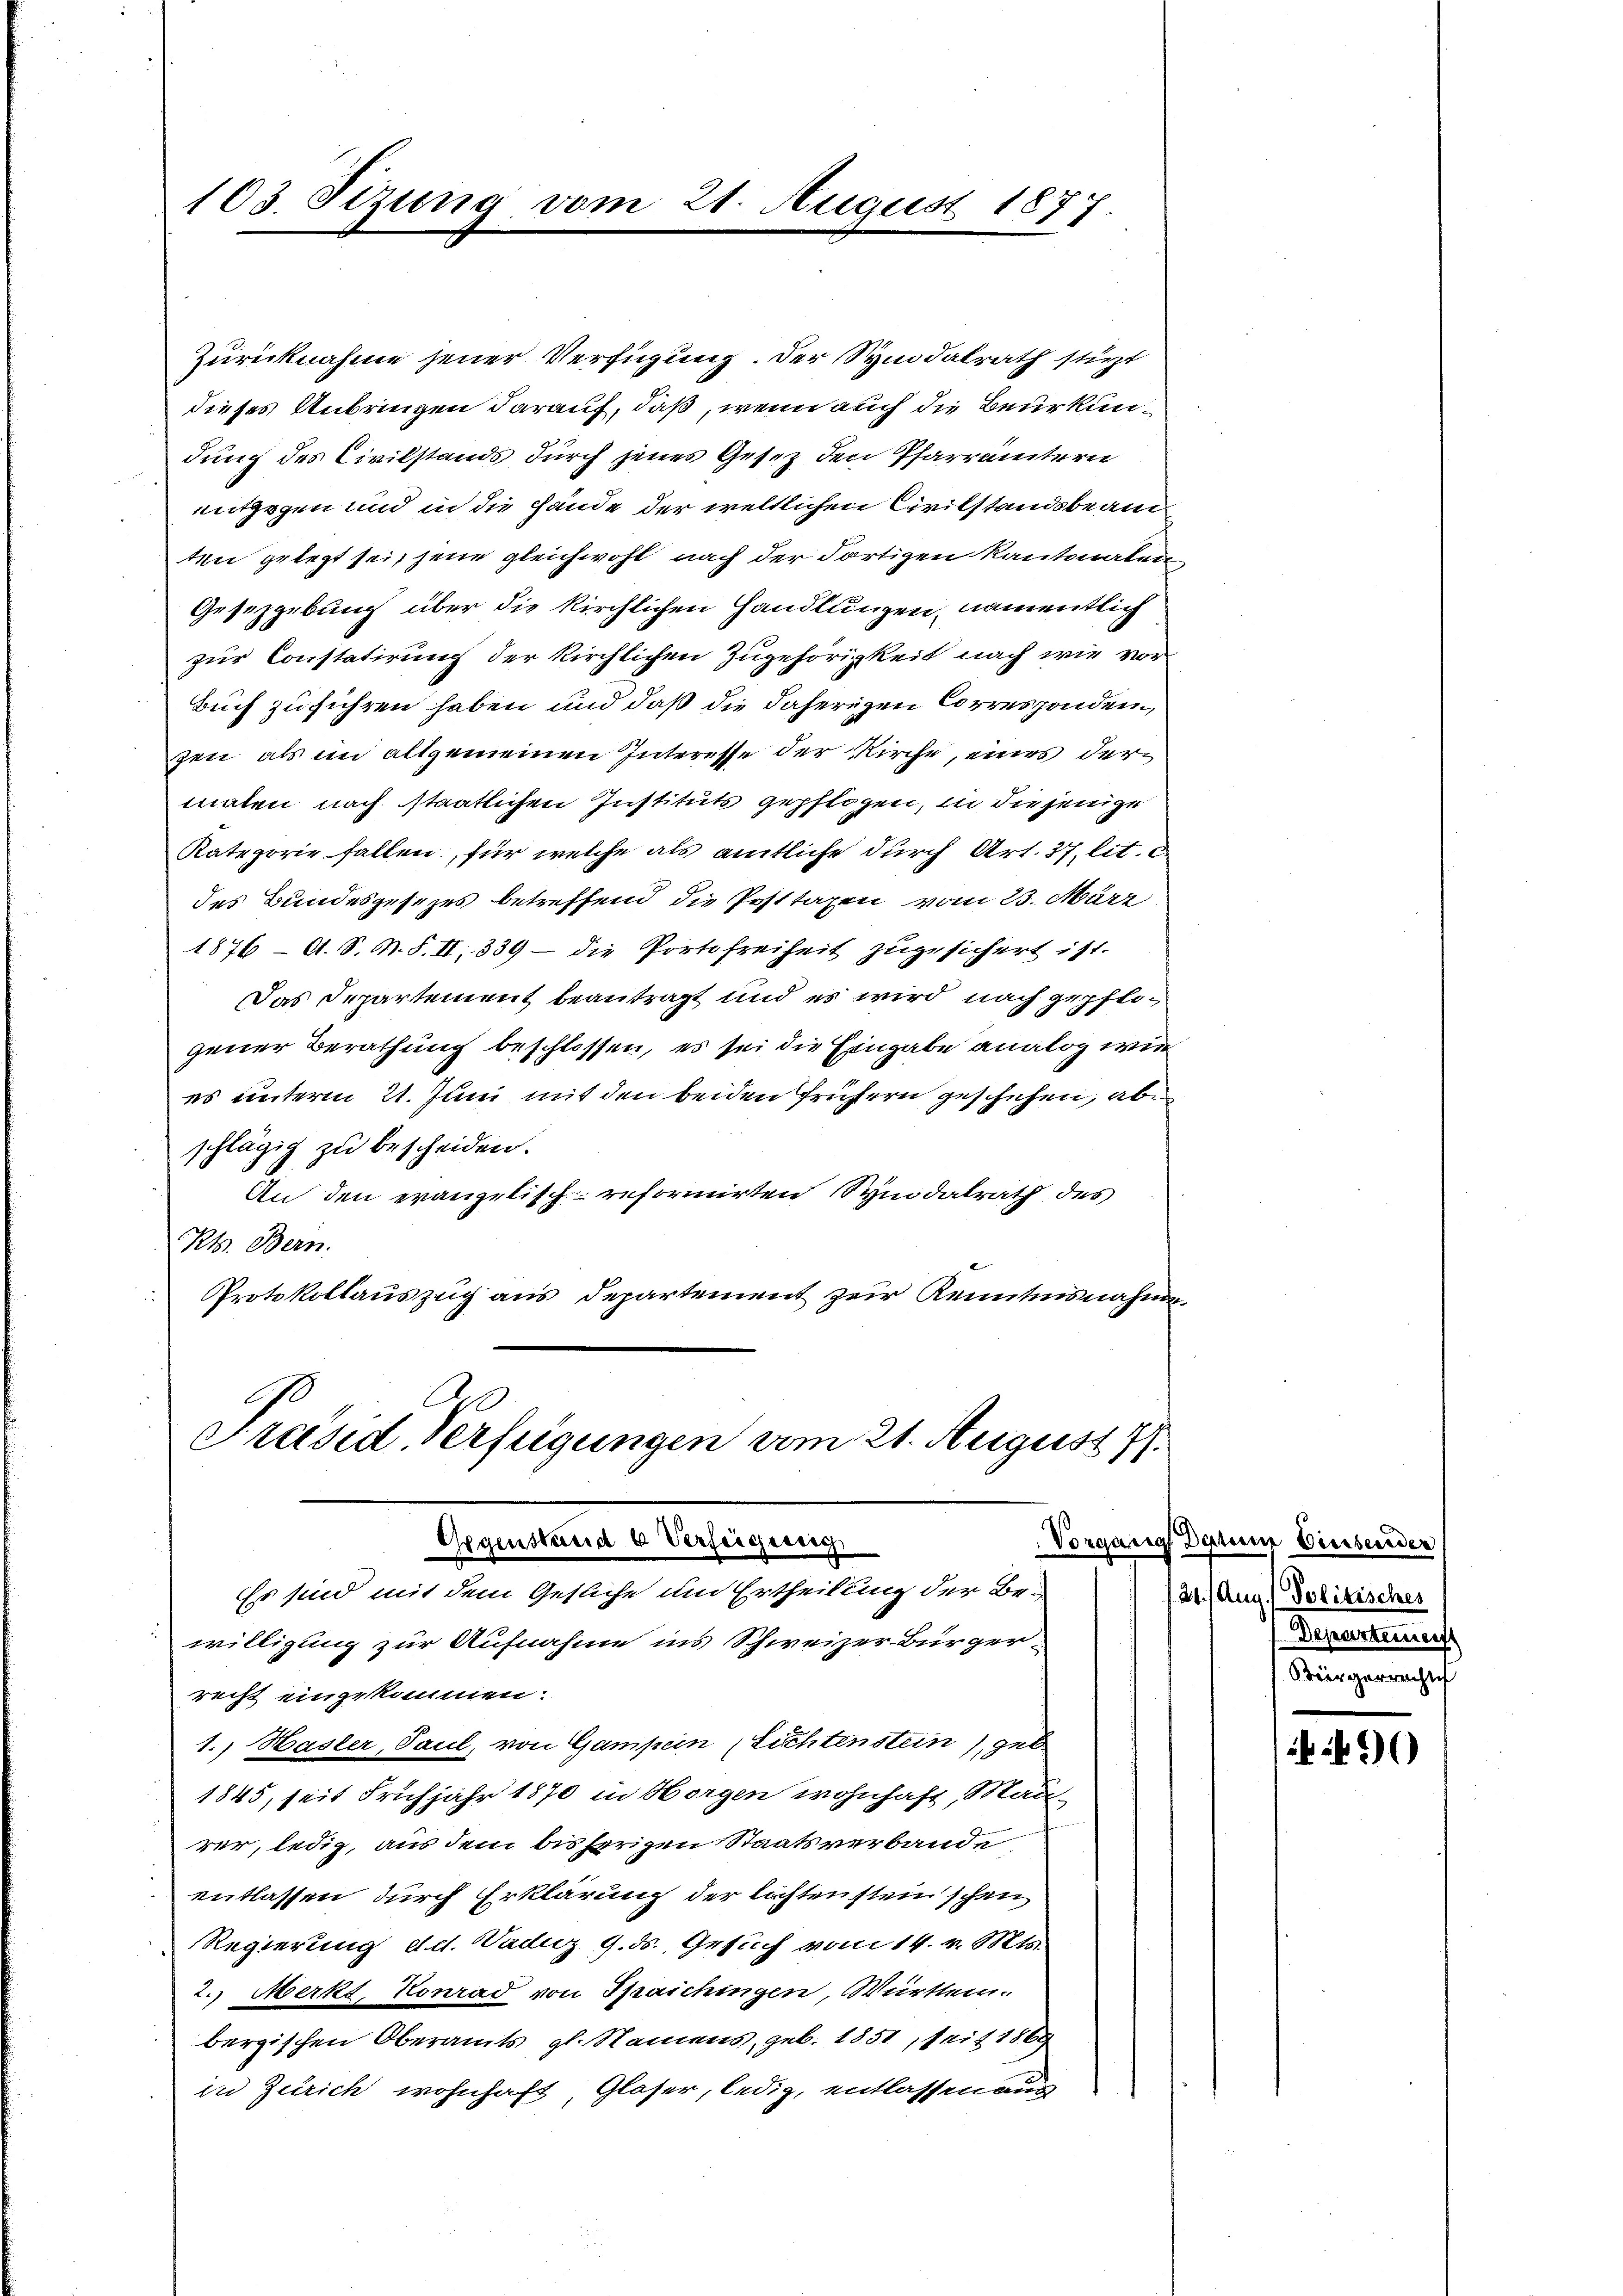
103. Sizung vom 21. August 1877

Zurücknahme jener Verfügung. Der Symdalrath stüzt
dieses Anbringen darauf, daß, wenn auch die Beurkundung des Civilstands durch jenes Gesetz den Pfarrämtern
entgegen und in die Hände der weltlichen Civilstandsbeam
ten gelegt sei, jene gleichwohl nach der dortigen Kantonalen
Gesetzgebung über die kirchlichen Handlungen, namentlich
zur Constatirung der kirchlichen Zugehörigkeit nach wie vor
Buch zuführen haben und daß die daherigen Corresponden
zen, als im allgemeinen Interesse der Kirche, eines dermaten nach staatlichen Instituts gepflogen, in diejenige
Kategorie fallen, für welche als amtliche durch Art. 37 lit. c.
des Bundesgesetzes betreffend die Posttaxen vom 23. März
1876 — A. S. N. S. II 339 – die Portofreiheit zugesichert ist.
Das Departement beantragt und es wird nach gepflo-
gener Berathung beschlossen, es sei die Eingabe analog wie
es unterm 21. Juni mit den beiden frühern geschehen, abschlägig zu bescheiden.
An den evangelisch-reformirten Symdalrath des
Kt. Bern.
Protokollauszug aus Departement zur Kenntnisnahme

Ab
Präsid. Verfügungen vom 21. August 177
Gegenstreide Verfeigessig,
Es sind mit dem Gesuche um Ertheilung der Be¬

willigung zur Aufnahme ins Schweizer-Bürger-
recht einzukommen.
1. Hasler, Paul, von Gampen Lichtenstein) geb
1845, seit Frühjahr 1870 in Horgen wohnhaft, Mau-
rer, ledig, aus dem bisherigen Staatsverbande
entlassen durch Erklärung der lachten stein schon
Regierung d.d. Waduz 9. ds. Gesuch vom 14. v. Mts.
2.) Merkt, Konrad von Spaichingen, Württem.
bergischen Oberamts gl. Namens, geb. 1851, seit 1869
in Zürich wohnhaft, Glaser, ledig, entlassen aus

Vorgang Datum Einsender
21. Aug. Politisches
Departement
Bürgerrechtes

4490